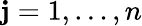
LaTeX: \mathbf{j}=1,\ldots,n